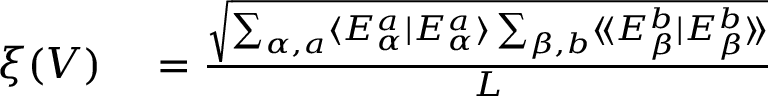
\begin{array} { r l } { \xi ( V ) } & { { } = \frac { \sqrt { \sum _ { \alpha , a } \langle E _ { \alpha } ^ { a } | E _ { \alpha } ^ { a } \rangle \sum _ { \beta , b } \langle \! \langle E _ { \beta } ^ { b } | E _ { \beta } ^ { b } \rangle \! \rangle } } { L } } \end{array}